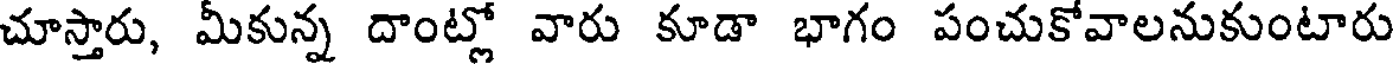
చూస్తారు, మీకున్న దాంట్లో వారు కూడా భాగం పంచుకోవాలనుకుంటారు